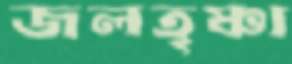
জলতৃষ্ণা